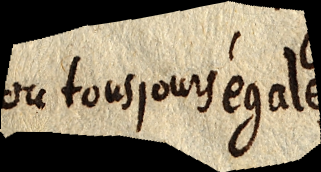
ou tousjours égales,